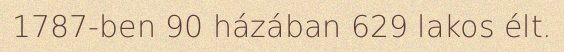
1787-ben 90 házában 629 lakos élt.